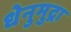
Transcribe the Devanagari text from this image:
धेनुमुद्रा